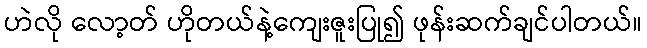
ဟဲလို လော့တ် ဟိုတယ်နဲ့ကျေးဇူးပြု၍ ဖုန်းဆက်ချင်ပါတယ်။